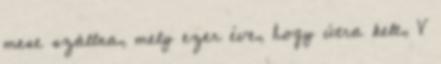
mese szállna, mely ezer éve, hogy útra kelt, V